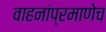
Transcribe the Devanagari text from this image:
वाहनांप्रमाणेच